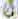
0